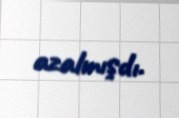
azalmışdı.